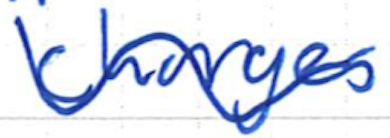
Text: charges
Cross-out: wave
Writing tool: ballpoint